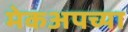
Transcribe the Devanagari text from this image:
मेकअपच्या